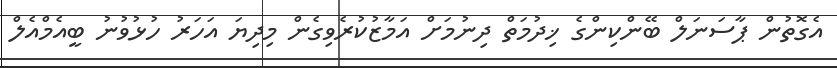
އެގޮތުން ޕާސަނަލް ބޭންކިންގެ ޚިދުމަތް ދިނުމަށް އަމާޒުކުރެވިގެން މިދިޔަ އަހަރު ހުޅުވުނު ބީއެމްއެލް